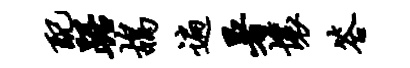
配踞鸪遍暑壤答